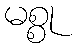
မစ္စု